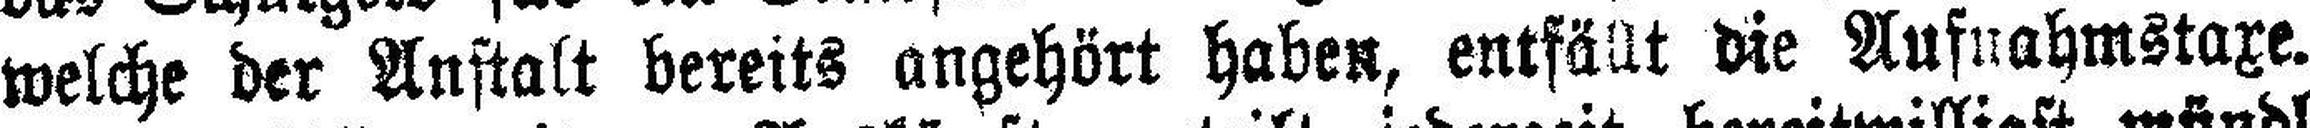
welche der Anstalt bereits angehört haben, entfällt die Aufnahmstaxe.